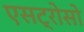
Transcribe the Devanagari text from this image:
एसट्रोसो